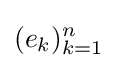
(e_{k})_{k=1}^{n}